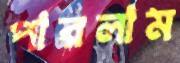
পারলাম